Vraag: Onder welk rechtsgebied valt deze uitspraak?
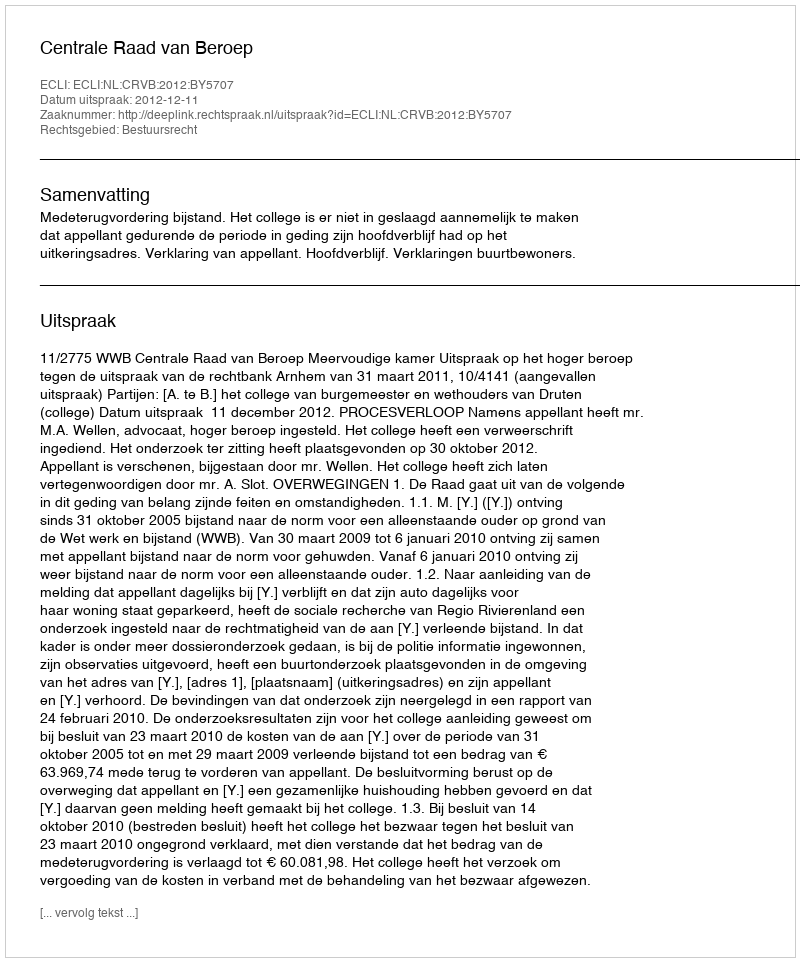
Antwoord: Bestuursrecht